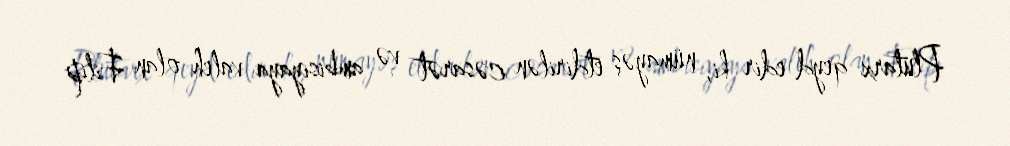
Plutarx qeyd edir ki, nümayəş etdirilən cəsarət və ambisiyaya valeh olan Filip